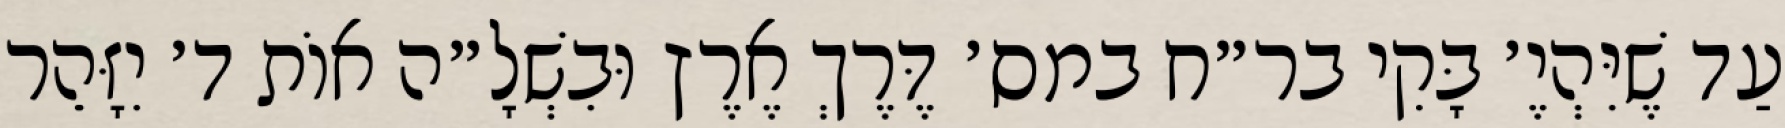
עַד שֶׁיִּהְיֶ׳ בָּקִי בר״ח במס׳ דֶּרֶךְ אֶרֶץ וּבִשְׁלָ״ה אוֹת ד׳ יִזָּהֵר